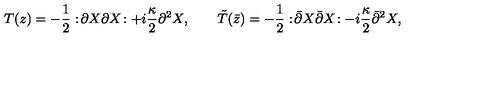
T ( z ) = - \frac { 1 } { 2 } : \! \partial X \partial X \! : + i \frac { \kappa } { 2 } \partial ^ { 2 } X , \qquad \tilde { T } ( \bar { z } ) = - \frac { 1 } { 2 } : \! \bar { \partial } X \bar { \partial } X \! : - i \frac { \kappa } { 2 } \bar { \partial } ^ { 2 } X ,